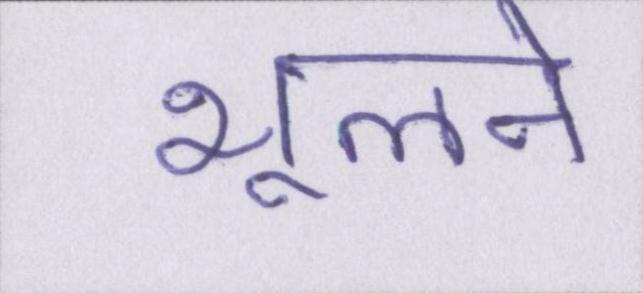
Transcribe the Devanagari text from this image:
भूलने